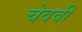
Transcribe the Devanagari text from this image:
चेववी